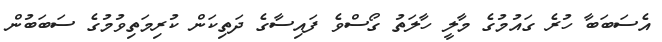
އެސަބަބާ ހުރެ ގައުމުގެ މާލީ ހާލަތު ގޯސްވެ ފައިސާގެ ދަތިކަން ކުރިމަތިވުމުގެ ސަބަބުން